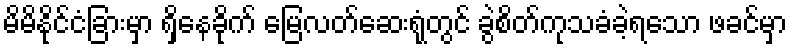
မိမိနိုင်ငံခြားမှာ ရှိနေခိုက် မြေလတ်ဆေးရုံတွင် ခွဲစိတ်ကုသခံခဲ့ရသော ဖခင်မှာ